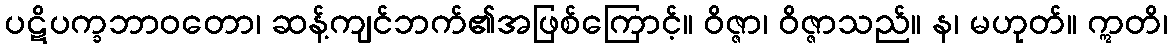
ပဋိပက္ခဘာဝတော၊ ဆန့်ကျင်ဘက်၏အဖြစ်ကြောင့်။ ဝိဇ္ဇာ၊ ဝိဇ္ဇာသည်။ န၊ မဟုတ်။ ဣတိ၊